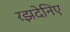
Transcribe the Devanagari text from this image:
रझदेनिए